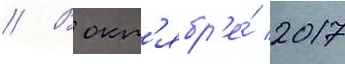
// В окт'ябр'е́ 2017